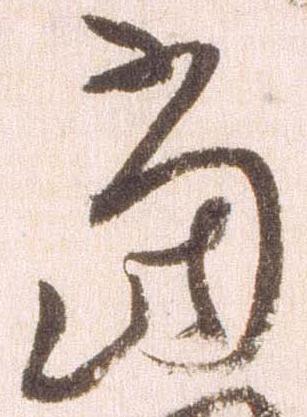
当